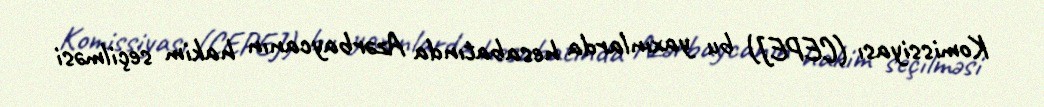
Komissiyası (CEPEJ) bu yaxınlarda hesabatında Azərbaycanın hakim seçilməsi